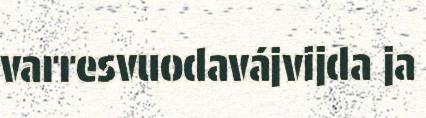
varresvuodavájvijda ja